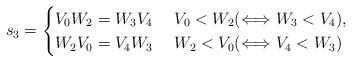
LaTeX: \begin{align*}s_3=\begin{cases}V_0W_2=W_3V_4 & ~ V_0<W_2 (\Longleftrightarrow W_3<V_4),\\W_2V_0=V_4W_3 & ~ W_2<V_0 (\Longleftrightarrow V_4<W_3)\end{cases}\end{align*}